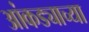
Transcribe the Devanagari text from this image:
आंकड्याच्या